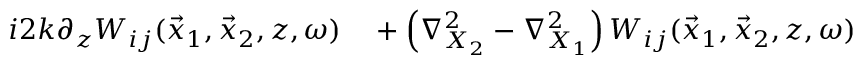
\begin{array} { r l } { i 2 k \partial _ { z } W _ { i j } ( \vec { x } _ { 1 } , \vec { x } _ { 2 } , z , \omega ) } & { { } + \left( \nabla _ { X _ { 2 } } ^ { 2 } - \nabla _ { X _ { 1 } } ^ { 2 } \right) W _ { i j } ( \vec { x } _ { 1 } , \vec { x } _ { 2 } , z , \omega ) } \end{array}